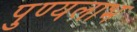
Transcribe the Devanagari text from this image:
पुण्यलाभ